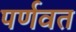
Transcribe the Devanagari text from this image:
पर्णवत